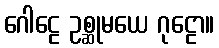
ဂေါဠေ ဥစ္ဆုမယေ ဂုဠော။